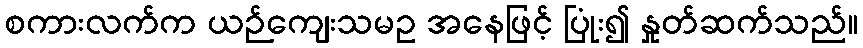
စကားလက်က ယဉ်ကျေးသမဥ အနေဖြင့် ပြုံး၍ နှုတ်ဆက်သည်။